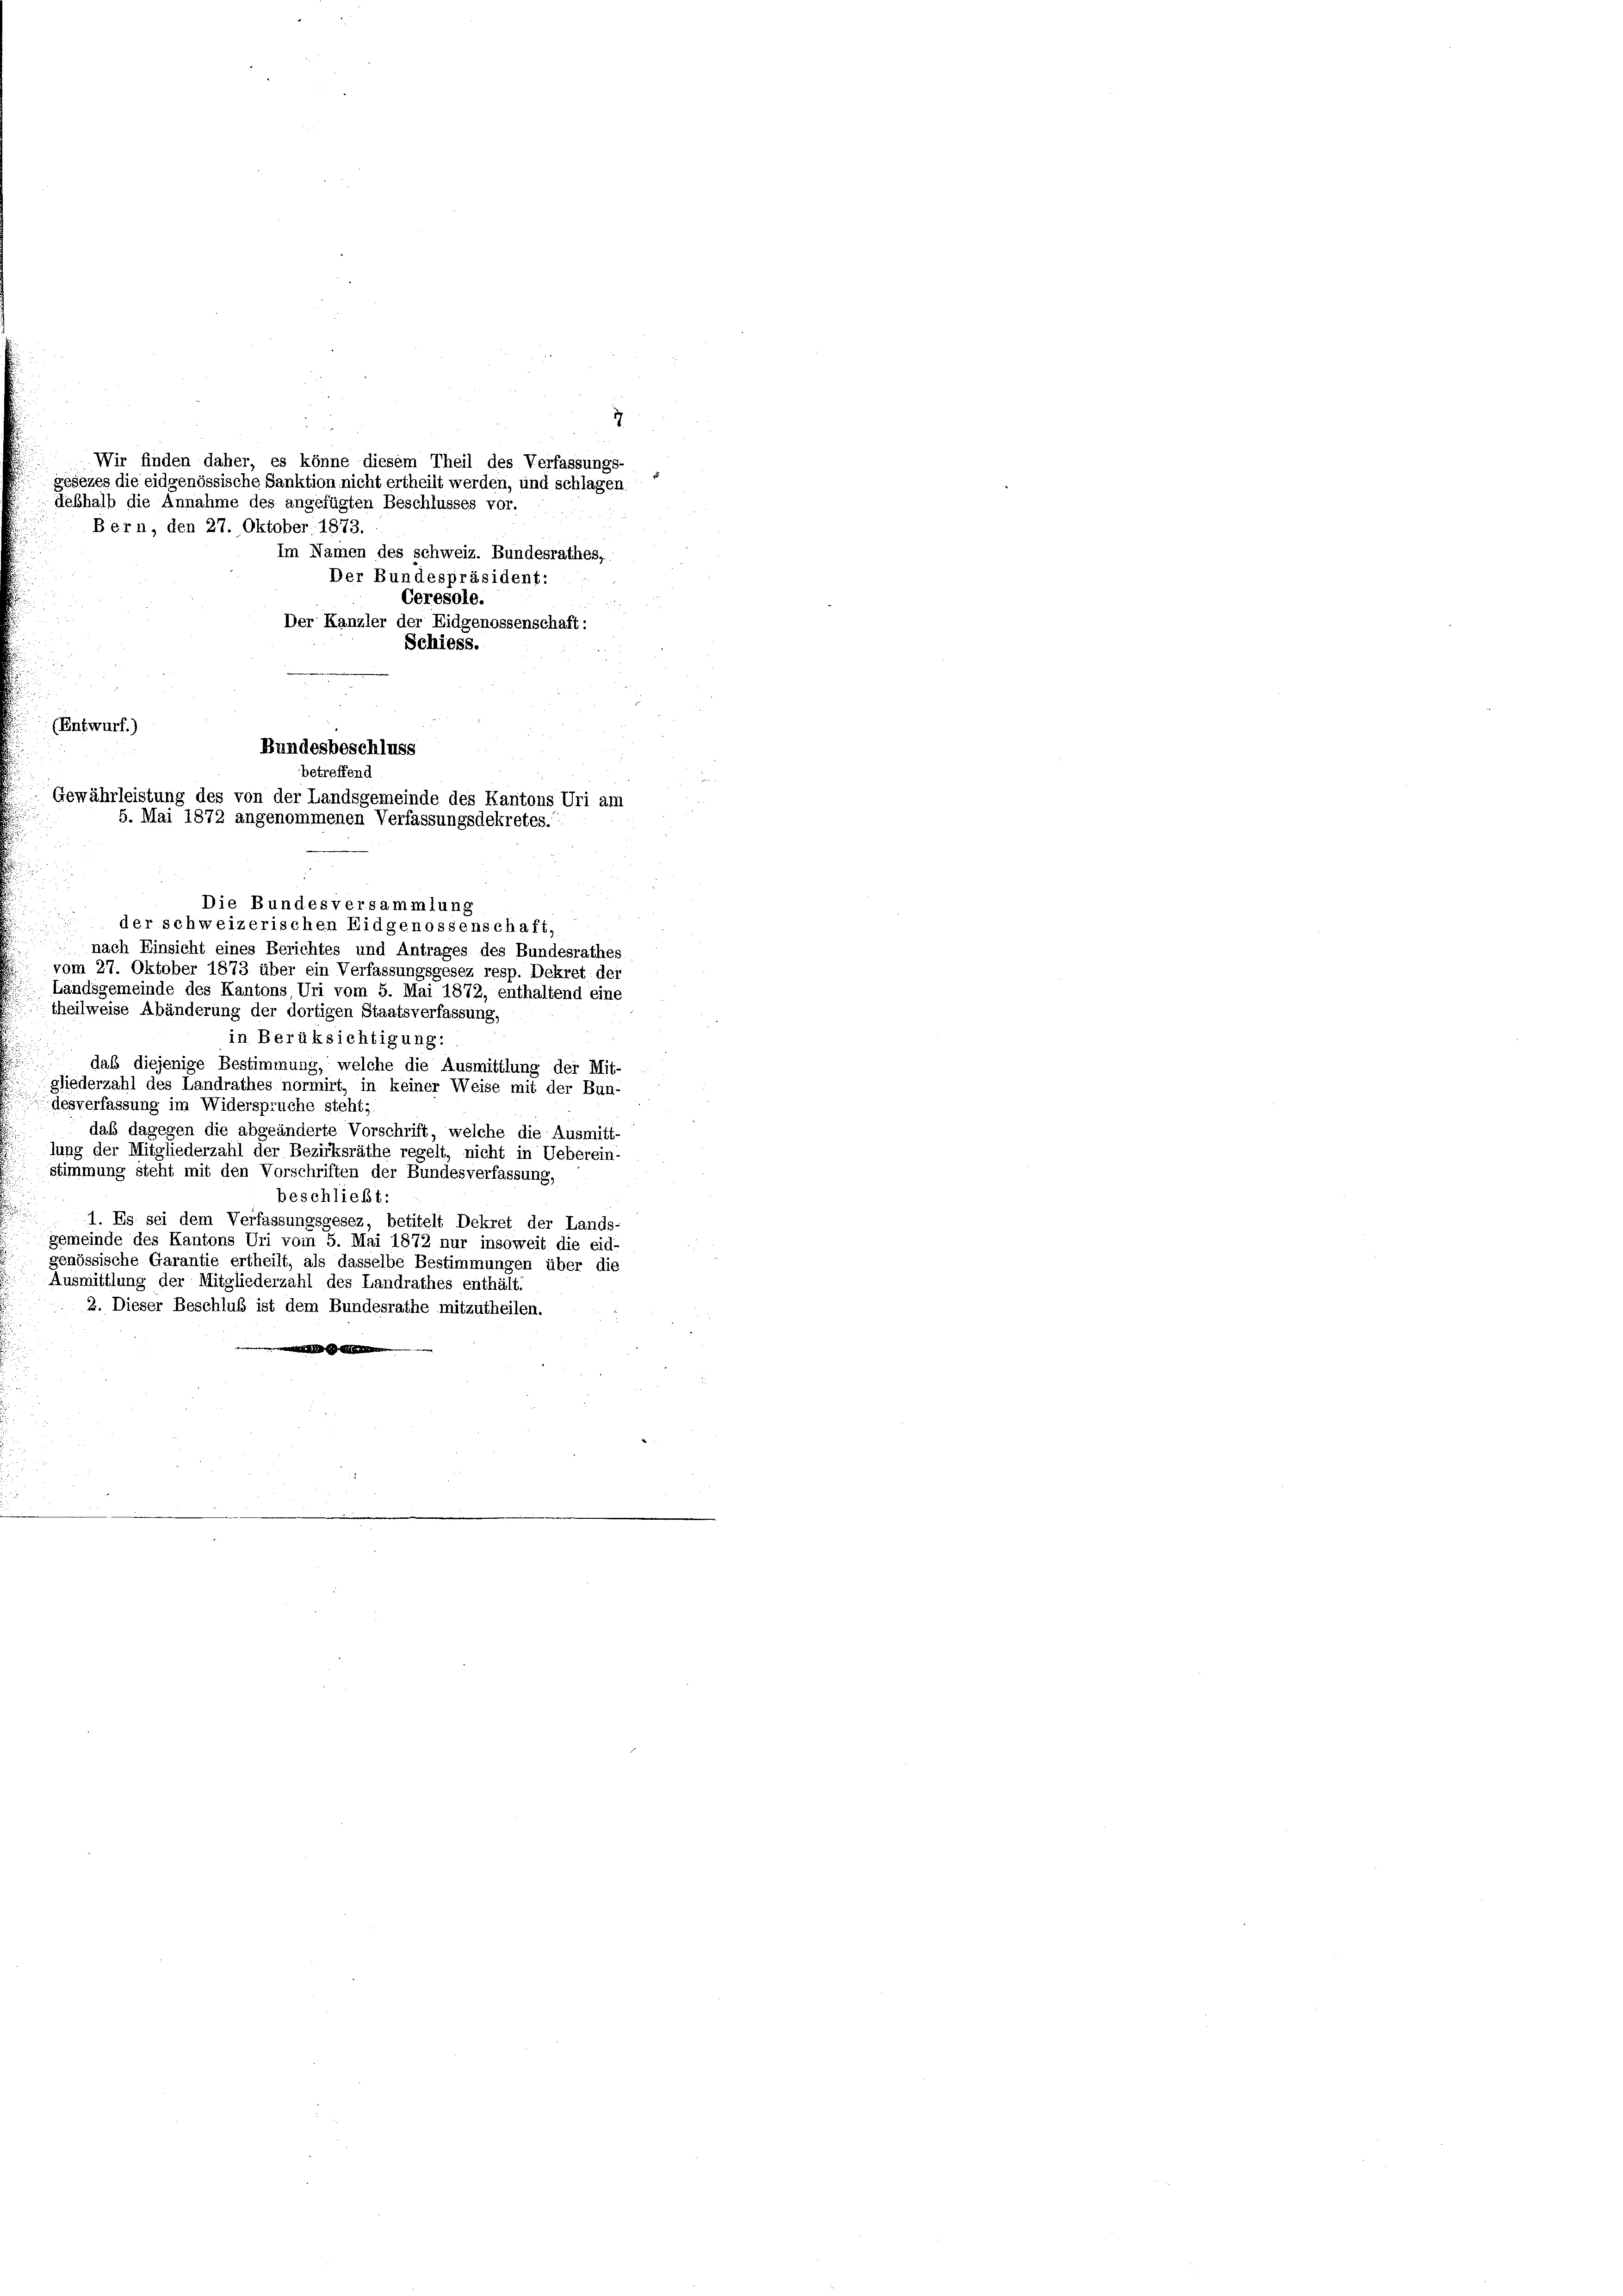
(Entwurf.)

1
Wir finden daher, es könne diesem Theil des Verfassungs
deshalb die Annahme des angefügten Beschlusses vor.
Bern, den 27. Oktober 1873.
Im Namen des schweiz. Bundesrathes,
Der Bundespräsident:
Ceresole.
Der Kanzler der Eidgenossenschaft:
Schiess.

gesezes die eidgenössische Sanktion nicht ertheilt werden, und schlagen

Die Bundesversammlung
der schweizerischen Eidgenossenschaft,
nach Einsicht eines Berichtes und Antrages des Bundesrathes
vom 27. Oktober 1873 über ein Verfassungsgesez resp. Dekret dei
Landsgemeinde des Kantons Uri vom 5. Mai 1872, enthaltend eine
theilweise Abänderung der dortigen Staatsverfassung,
in Berüksichtigung:
daß diejenige Bestimmung, welche die Ausmittlung der Mit-
gliederzahl des Landrathes normirt, in keiner Weise mit der Bun-
desverfassung im Widerspruche steht).
daß dagegen die abgeänderte Vorschrift, welche die Ausmitt-
lung der Mitgliederzahl der Bezirksräthe regelt, nicht in Ueberein-
stimmung steht mit den Vorschriften der Bundesverfassung,
beschließt:
1. Es sei dem Verfassungsgesez, betitelt Dekret der Lands-
gemeinde des Kantons Uri vom 5. Mai 1872 nur insoweit die eid-
genössische Garantie ertheilt, als dasselbe Bestimmungen über die
Ausmittlung der Mitgliederzahl des Landrathes enthält.
2. Dieser Beschluß ist dem Bundesrathe mitzutheilen.

5. Mai 1872 angenommenen Verfassungsdekretes.
e

Bundesbeschluss
betreffend
Gewährleistung des von der Landsgemeinde des Kantons Uri am